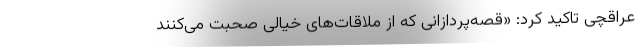
عراقچی تاکید کرد: «قصه‌پردازانی که از ملاقات‌های خیالی صحبت می‌کنند